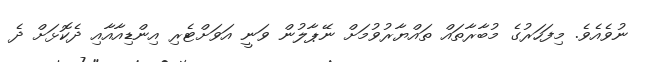
ނުވެއެވެ. މިފަހަރުގެ މުބާރާތައް ތައްޔާރުވުމަށް ނޭޕާލުން ވަނީ އަވަށްޓެރި އިންޑިއާއާއި ދެކޮޅަށް ދެ